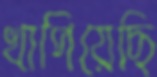
খাপিয়েছি